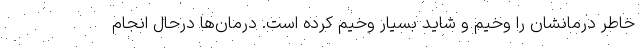
خاطر درمانشان را وخیم و شاید بسیار وخیم کرده است. درمان‌ها درحال انجام